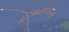
હવામાપનના